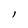
Character: l